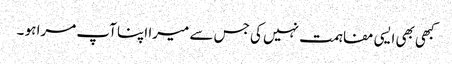
کبھی بھی ایسی مفاہمت نہیں کی جس سے میرا اپنا آپ مرا ہو ۔